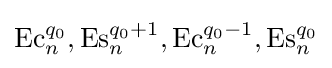
\operatorname {Ec} _{n}^{q_{0}},\operatorname {Es} _{n}^{q_{0}+1},\operatorname {Ec} _{n}^{q_{0}-1},\operatorname {Es} _{n}^{q_{0}}